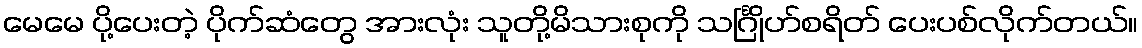
မေမေ ပို့ပေးတဲ့ ပိုက်ဆံတွေ အားလုံး သူတို့မိသားစုကို သင်္ဂြိုဟ်စရိတ် ပေးပစ်လိုက်တယ်။